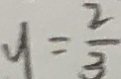
y = \frac { 2 } { 3 }